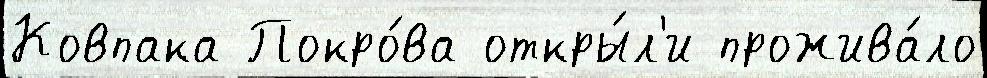
Ковпака Покро́ва откры́л'и прожива́ло